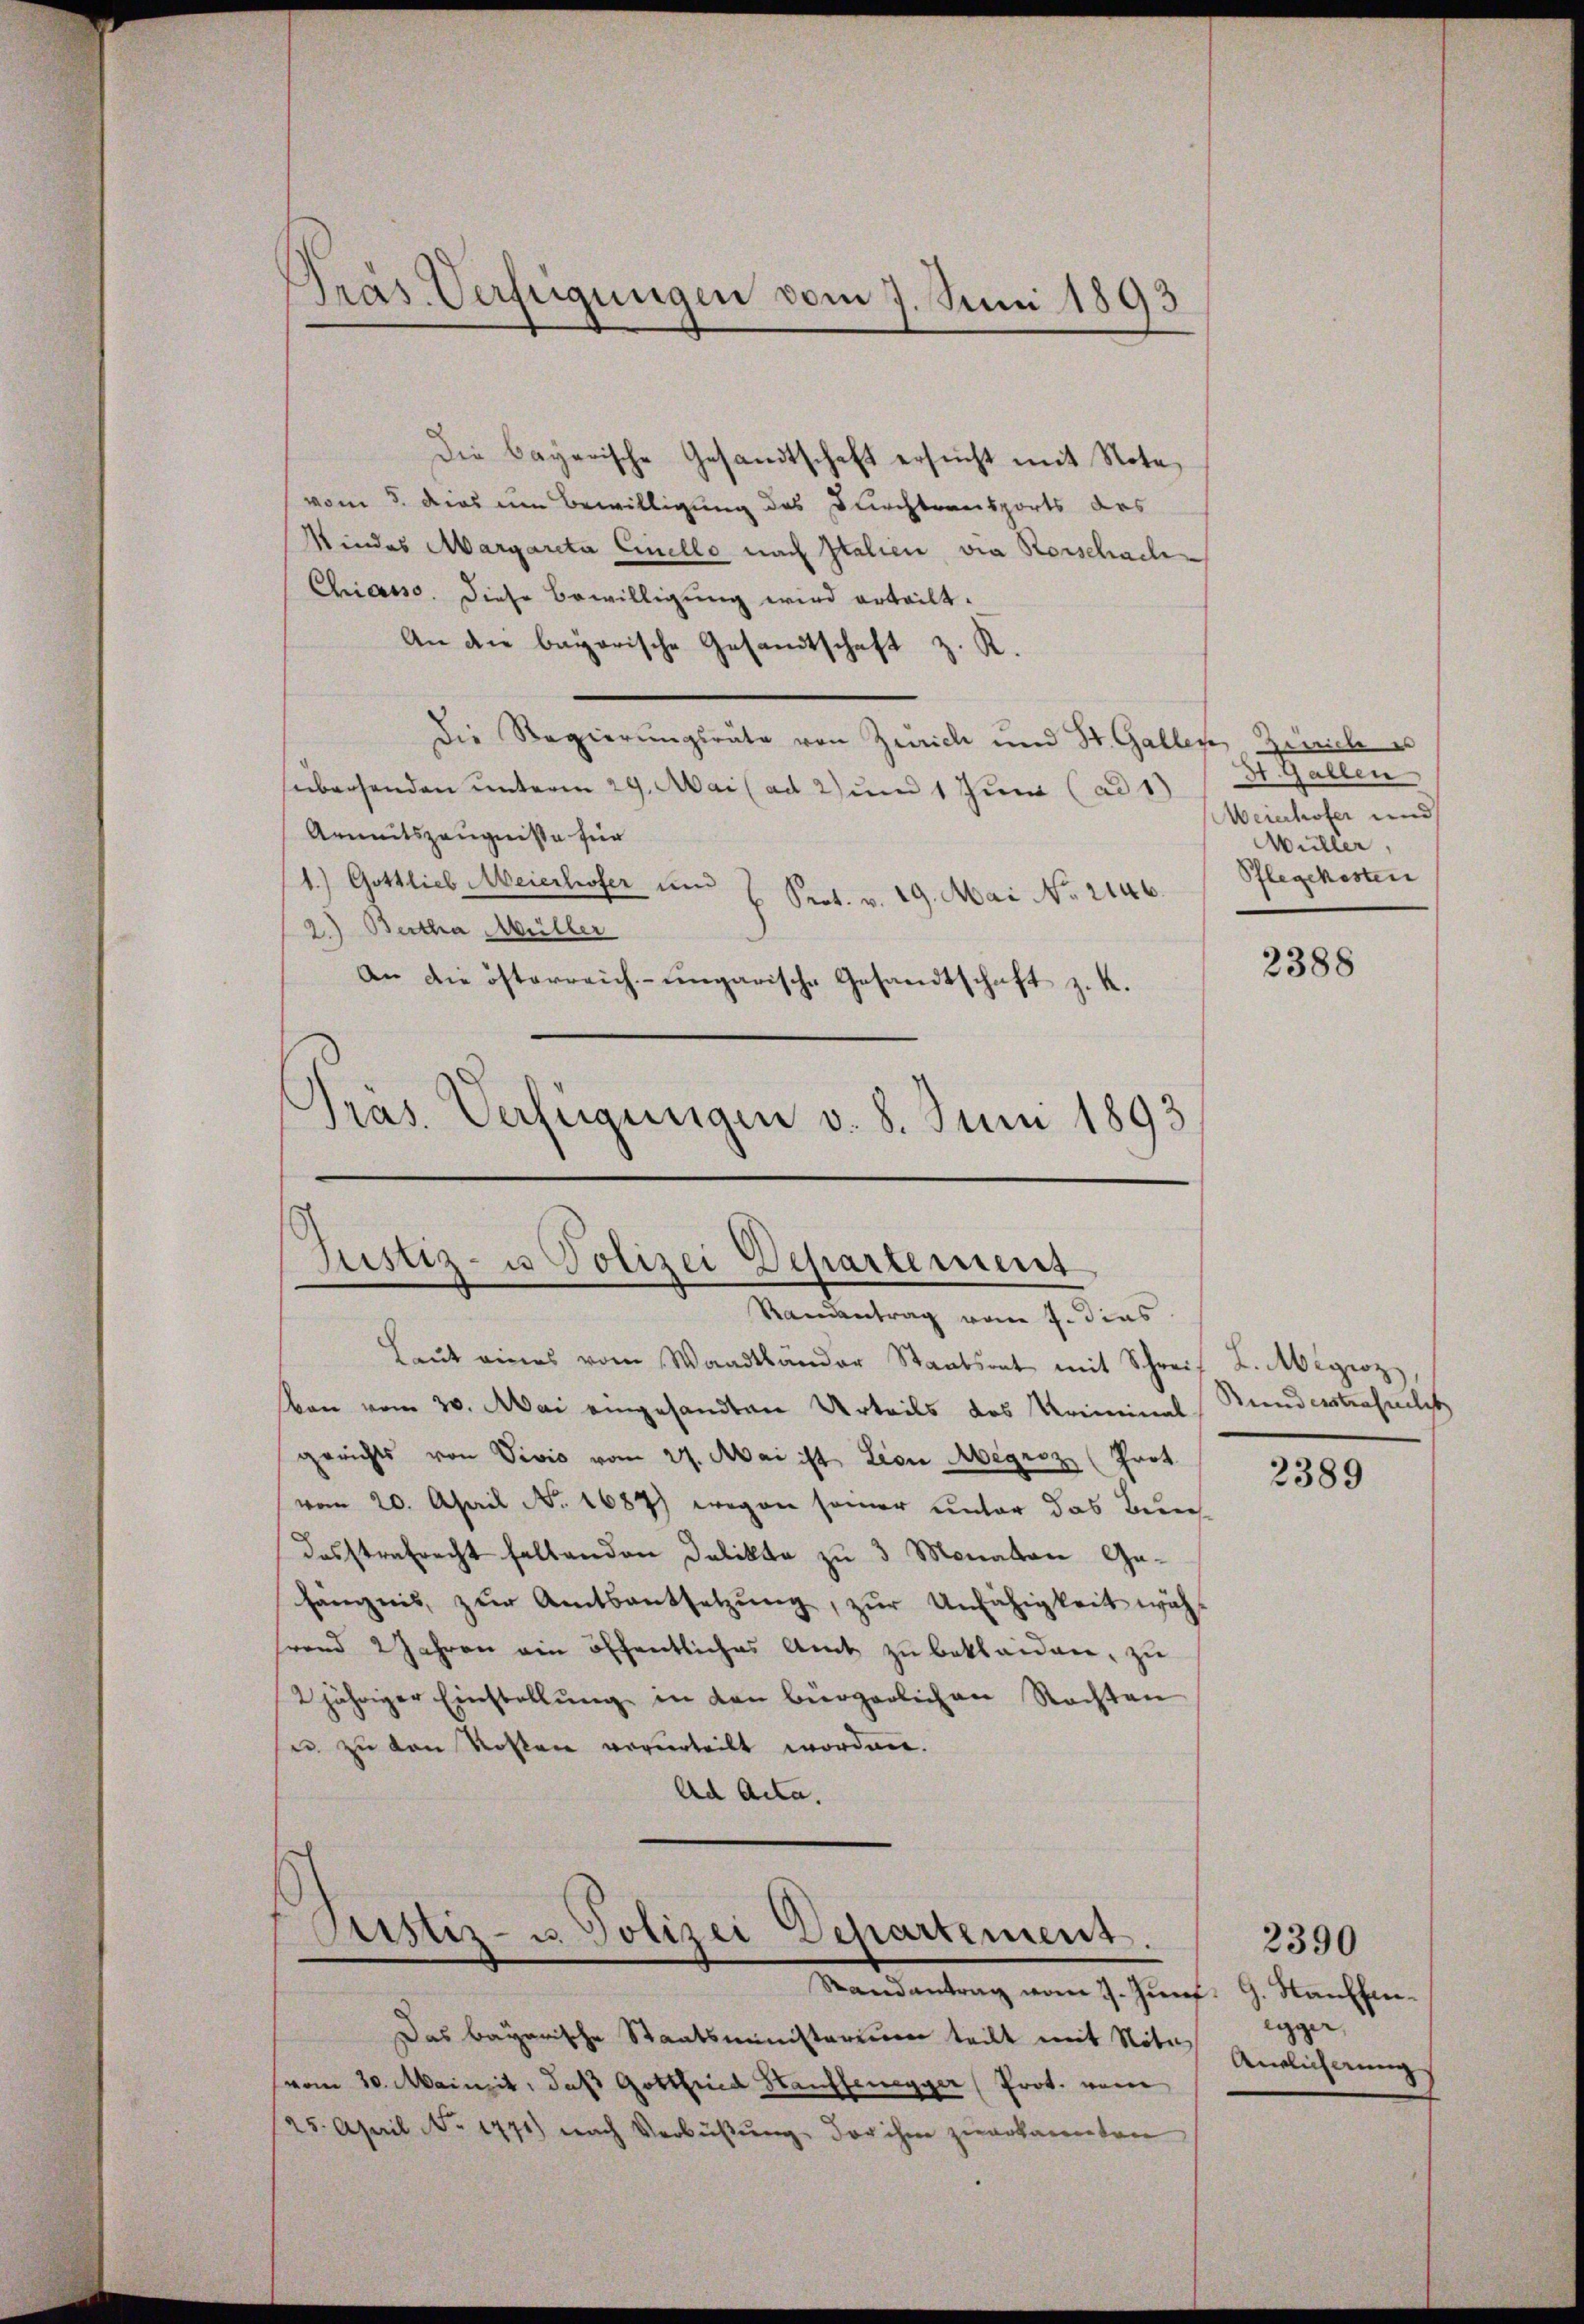
Präs. Verfügungen vom 7. Juni 1893

vom 8. das um Bewilligung des Durchtransports des
Mindes Margareta Cinello nach Italien via Rorschaele
Chiasso. Diese Bewilligung wird erteilt.
An die bayerische Gesandtschaft z. R.
Die Regierungsräte von Zürich und St. Gallen. Zürich es
sübersenden unterm 29. Mai (ad 2) und 1 Juni (ad 1)
Armutszeugnisse für
1.) Gottlieb Meierhofer und
Prot. v. 19. Mai No 2146.
2.) Bertha Müller
An die österreich-ungarische Gesandtschaft z. K.
3
Pras. Verfügungen v. 8. Juni 1893

Die bayerische Gesandtschaft ersucht mit Note,

Justiz- u Polizei Departement
Randantrag vom 7. dies
Leŭt eines vom Waadtländer Staatsrat mit Schreif L. Megioz

ban vom 30. Mai eingesandten Urteils des Kriminal
gerichts von Vivio vom 27. Mai ist Lion Aegroz (Prot.
vom 20. April No. 1687) wegen seiner unter das Bedendesstrafrecht haltenden Delikte zu 3 Monaten Gehängnis zŭr Amtsantsetzŭng, zŭr Unfähigkeit wäh-
hrend 2 Jahren ein öffentliches Amt zŭ bekleiden, zu
2jähriger Einstellŭng in den bürgerlichen Rechten
u zu von Kosten verurteilt worden.
Ad Acta.

Justiz- u. Polizei Departement.
Randantrag vom 7. Jun. G. Sauffen¬

Das bayerische Staatsministerium teilt mit Notavom 30. Mainzit, daß Gottfried Hauffenegger Prot. von
25. April No 1771) nach Verbüβŭng der ihm zuerkannten

St. Gallen
Weierhofer und
Müller,
Pflegekosten

2388

Bundesstrafuchst

2389

egger,
Antlicherung

2390